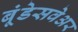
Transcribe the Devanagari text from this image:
बूंडेसवेअर